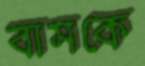
বাসকে